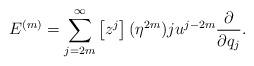
LaTeX: \begin{align*}E^{(m)} = \sum_{j=2m}^{\infty}\left[z^j\right](\eta^{2m})ju^{j-2m}\frac{\partial}{\partial q_j}.\end{align*}